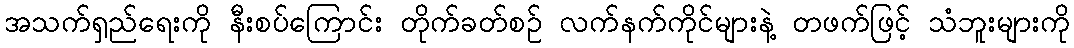
အသက်ရှည်ရေးကို နီးစပ်ကြောင်း တိုက်ခတ်စဉ် လက်နက်ကိုင်များနဲ့ တဖက်ဖြင့် သံဘူးများကို